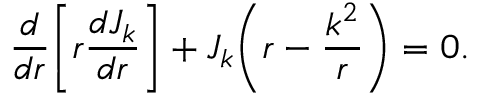
\frac { d } { d r } \bigg [ r \frac { d J _ { k } } { d r } \bigg ] + J _ { k } \bigg ( r - \frac { k ^ { 2 } } { r } \bigg ) = 0 .